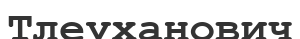
Тлеуханович